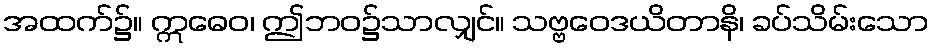
အထက်၌။ ဣဓေဝ၊ ဤဘဝ၌သာလျှင်။ သဗ္ဗဝေဒယိတာနိ၊ ခပ်သိမ်းသော